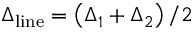
\Delta _ { \mathrm { l i n e } } = \left( \Delta _ { 1 } + \Delta _ { 2 } \right) / 2